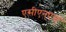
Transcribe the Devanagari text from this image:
एसीएन्एस्